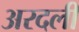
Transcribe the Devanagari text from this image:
अरदली